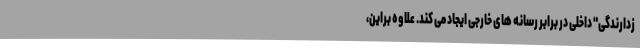
زدارندگی" داخلی در برابر رسانه های خارجی ایجاد می کند. علاوه براین،